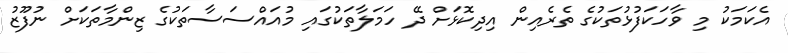
އެކަމަކު މި ވާހަކަފުޅުތަކުގެ ތެރެއިން އިދިކޮޅަށް ދޭ ހަމަލާތަކުގައި މުއައްސަސާތަކުގެ ޒިންމާތަކަށް ނުފޫޒު